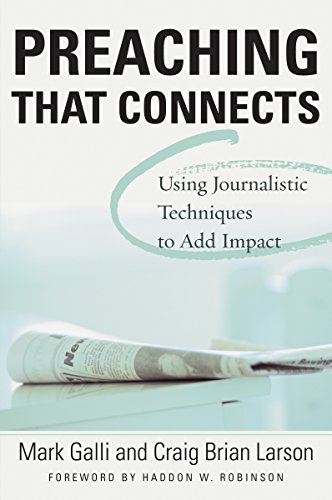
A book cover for Preaching that Connects; Mark Galli; Christian Books & Bibles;